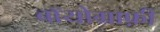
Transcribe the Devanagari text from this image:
बॉयोग्राफ़ी